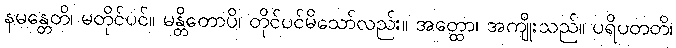
နမန္တေတိ၊ မတိုင်ပင်။ မန္တိတောပိ၊ တိုင်ပင်မိသော်လည်း။ အတ္ထော၊ အကျိုးသည်။ ပရိပတတိ၊